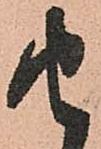
由